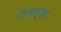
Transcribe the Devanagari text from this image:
विश्वभूषण